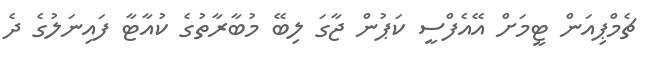
ޗެމްޕިއަން ޓީމަށް އޭއެފްސީ ކަޕުން ޖާގަ ލިބޭ މުބާރާތުގެ ކުއާޓާ ފައިނަލުގެ ދެ